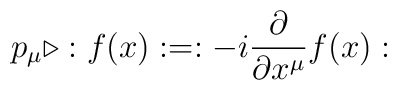
p_{\mu }\triangleright :f(x):=:-i\frac{\partial }{\partial x^{\mu }}f(x):